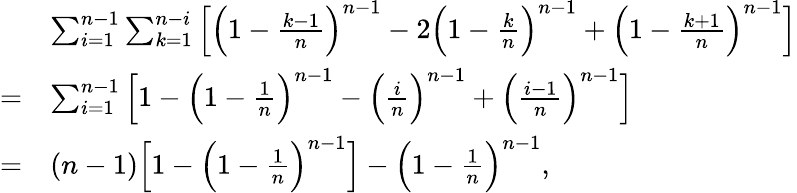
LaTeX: \begin{array}{rl}&{\sum_{i=1}^{n-1}\sum_{k=1}^{n-i}\Big[\Big(1-\frac{k-1}{n}\Big)^{n-1}-2\Big(1-\frac{k}{n}\Big)^{n-1}+\Big(1-\frac{k+1}{n}\Big)^{n-1}\Big]}\\ {=}&{\sum_{i=1}^{n-1}\Big[1-\Big(1-\frac{1}{n}\Big)^{n-1}-\Big(\frac{i}{n}\Big)^{n-1}+\Big(\frac{i-1}{n}\Big)^{n-1}\Big]}\\ {=}&{(n-1)\Big[1-\Big(1-\frac{1}{n}\Big)^{n-1}\Big]-\Big(1-\frac{1}{n}\Big)^{n-1},}\end{array}